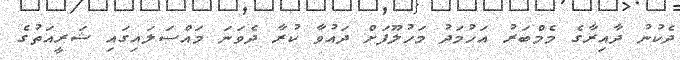
ދެކުނު ދާއިރާގެ މެމްބަރު އަހުމަދު މަހުލޫފަށް ދައުވާ ކުރާ ދެވަނަ މައްސަލައިގައި ޝަރީއަތުގެ